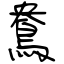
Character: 鴦